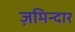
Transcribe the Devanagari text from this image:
ज़मिन्दार